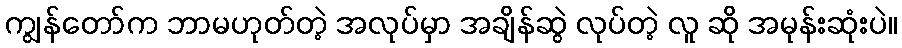
ကျွန်တော်က ဘာမဟုတ်တဲ့ အလုပ်မှာ အချိန်ဆွဲ လုပ်တဲ့ လူ ဆို အမုန်းဆုံးပဲ။